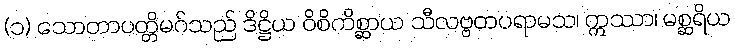
(၁) သောတာပတ္တိမဂ်သည် ဒိဋ္ဌိယ ဝိစိကိစ္ဆာယ သီလဗ္ဗတပရာမသ၊ ဣဿာ၊ မစ္ဆရိယ